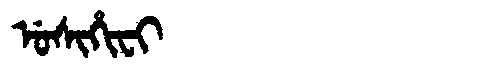
Manchu: ᡠᠰᡳᡥᡳᠸᡳ
Romanization: USIHIFI